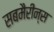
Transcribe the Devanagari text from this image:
सबमैरीन्स